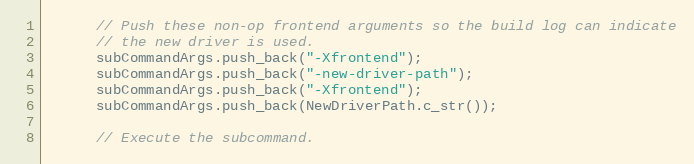
Language: C++
      // Push these non-op frontend arguments so the build log can indicate
      // the new driver is used.
      subCommandArgs.push_back("-Xfrontend");
      subCommandArgs.push_back("-new-driver-path");
      subCommandArgs.push_back("-Xfrontend");
      subCommandArgs.push_back(NewDriverPath.c_str());

      // Execute the subcommand.